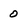
Character: 0